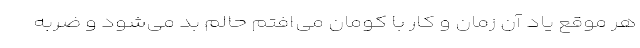
هر موقع یاد آن زمان و کار با کومان می‌افتم حالم بد می‌شود و ضربه